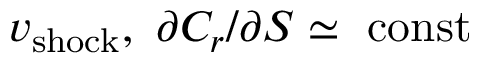
v _ { \mathrm { s h o c k } } , ~ \partial C _ { r } / \partial S \simeq ~ \mathrm { c o n s t }